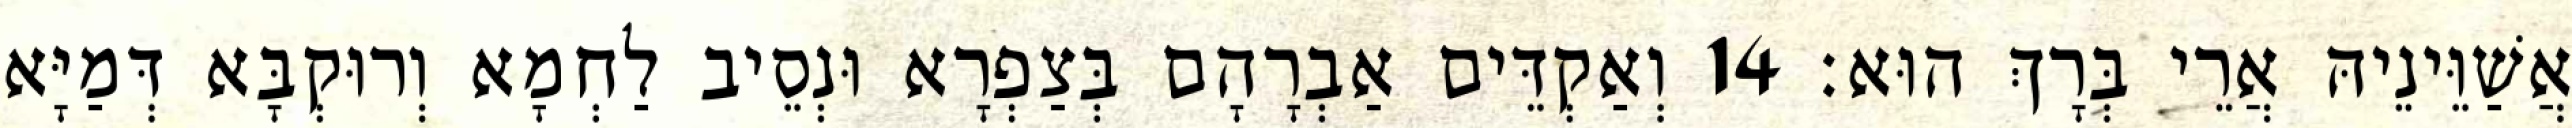
אֲשַׁוֵּינֵיהּ אֲרֵי בְּרָךְ הוּא׃ 14 וְאַקְדֵּים אַבְרָהָם בְּצַפְרָא וּנְסֵיב לַחְמָא וְרוּקְבָּא דְּמַיָּא